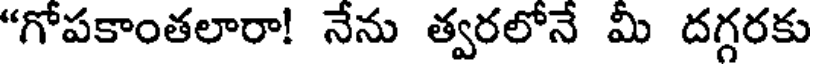
"గోపకాంతలారా! నేను త్వరలోనే మీ దగ్గరకు